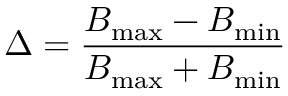
\Delta = \frac { B _ { \mathrm { m a x } } - B _ { \mathrm { m i n } } } { B _ { \mathrm { m a x } } + B _ { \mathrm { m i n } } }